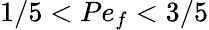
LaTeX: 1/5<Pe_{f}<3/5